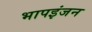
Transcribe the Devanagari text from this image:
भापइंजन